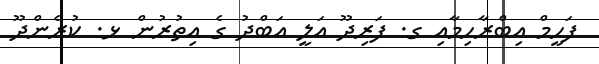
ފަހީމް އިބްރާހިމާއި ގ. ފަރިދޫ އަލީ އަބްދު ގެ އިތުރުން ޅ. ކުރެންދޫ